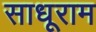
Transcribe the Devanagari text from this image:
साधूराम